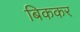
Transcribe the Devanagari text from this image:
बिककर